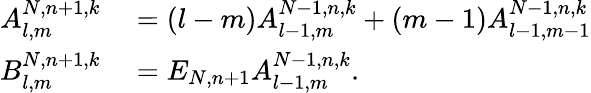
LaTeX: \begin{array}{rl}{A_{l,m}^{N,n+1,k}}&{{}=(l-m)A_{l-1,m}^{N-1,n,k}+(m-1)A_{l-1,m-1}^{N-1,n,k}}\\ {B_{l,m}^{N,n+1,k}}&{{}=E_{N,n+1}A_{l-1,m}^{N-1,n,k}.}\end{array}